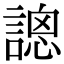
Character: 𧪳